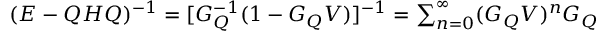
\begin{array} { r } { ( E - Q H Q ) ^ { - 1 } = [ G _ { Q } ^ { - 1 } ( 1 - G _ { Q } V ) ] ^ { - 1 } = \sum _ { n = 0 } ^ { \infty } ( G _ { Q } V ) ^ { n } G _ { Q } } \end{array}